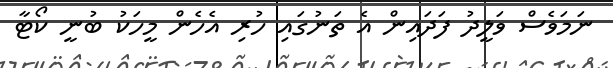
ނަމަވެސް ވަލީދު ފަދައިން އެ ތަނުގައި ހުރި އެހެން މީހަކު ބުނީ ކޯޓާ